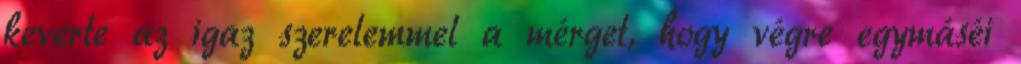
keverte az igaz szerelemmel a mérget, hogy végre egymáséi